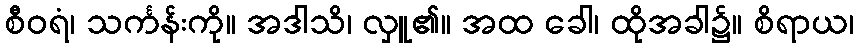
စီဝရံ၊ သင်္ကန်းကို။ အဒါသိ၊ လှူ၏။ အထ ခေါ၊ ထိုအခါ၌။ စိရာယ၊